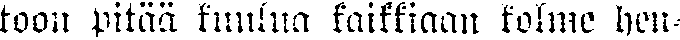
toon pitää kuulua kaikkiaan kolme hen-